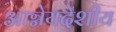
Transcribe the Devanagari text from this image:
आग्नेयदेशीय